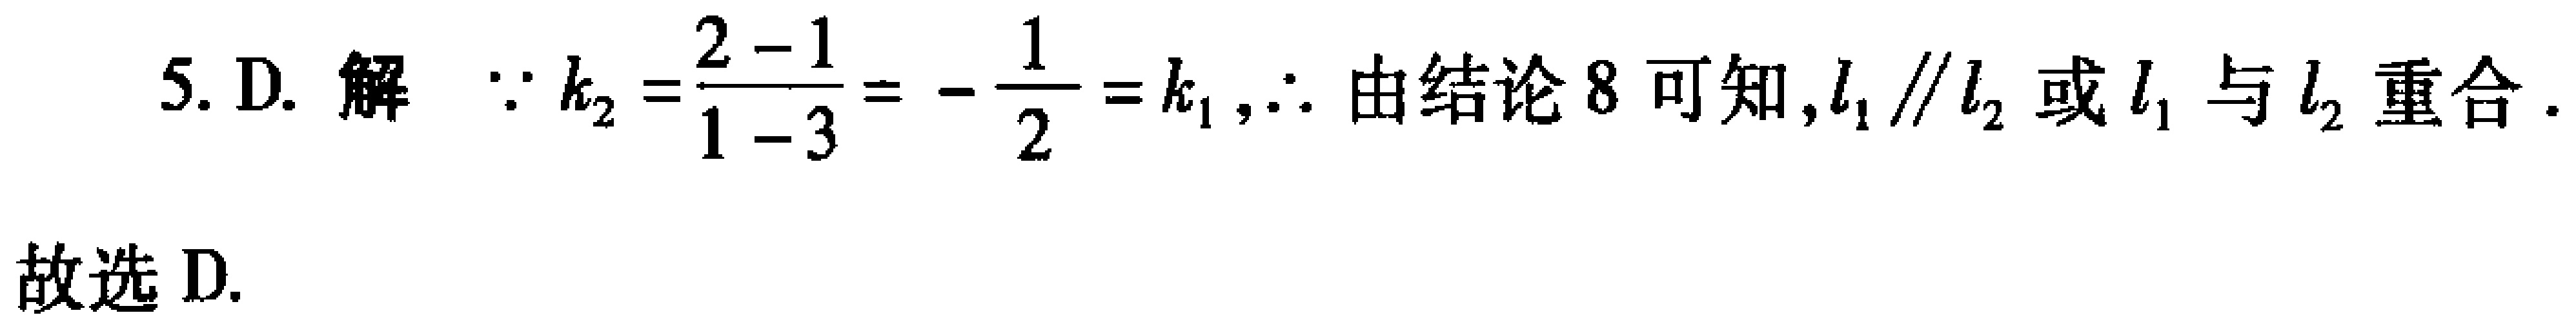
5. D. 解 $\because k_{2}=\frac{2 - 1}{1 - 3}=-\frac{1}{2}=k_{1},\therefore$ 由结论 8 可知,$l_{1}\parallel l_{2}$ 或 $l_{1}$ 与 $l_{2}$ 重合.
故选 D.